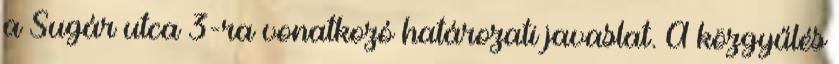
a Sugár utca 3-ra vonatkozó határozati javaslat. A közgyűlés